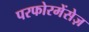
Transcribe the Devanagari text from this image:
परफोरमेंसेज़